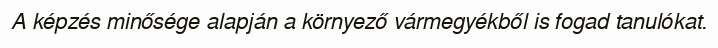
A képzés minősége alapján a környező vármegyékből is fogad tanulókat.